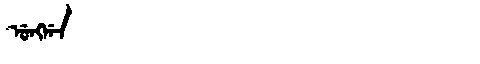
Manchu: ᡠᠩᡤᠠ
Romanization: UNGGA